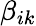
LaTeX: \beta_{ik}